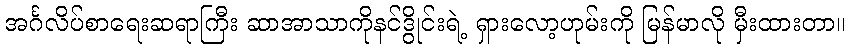
အင်္ဂလိပ်စာရေးဆရာကြီး ဆာအာသာကိုနင်ဒွိုင်းရဲ့ ရှားလော့ဟုမ်းကို မြန်မာလို မှီးထားတာ။